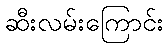
ဆီးလမ်းကြောင်း